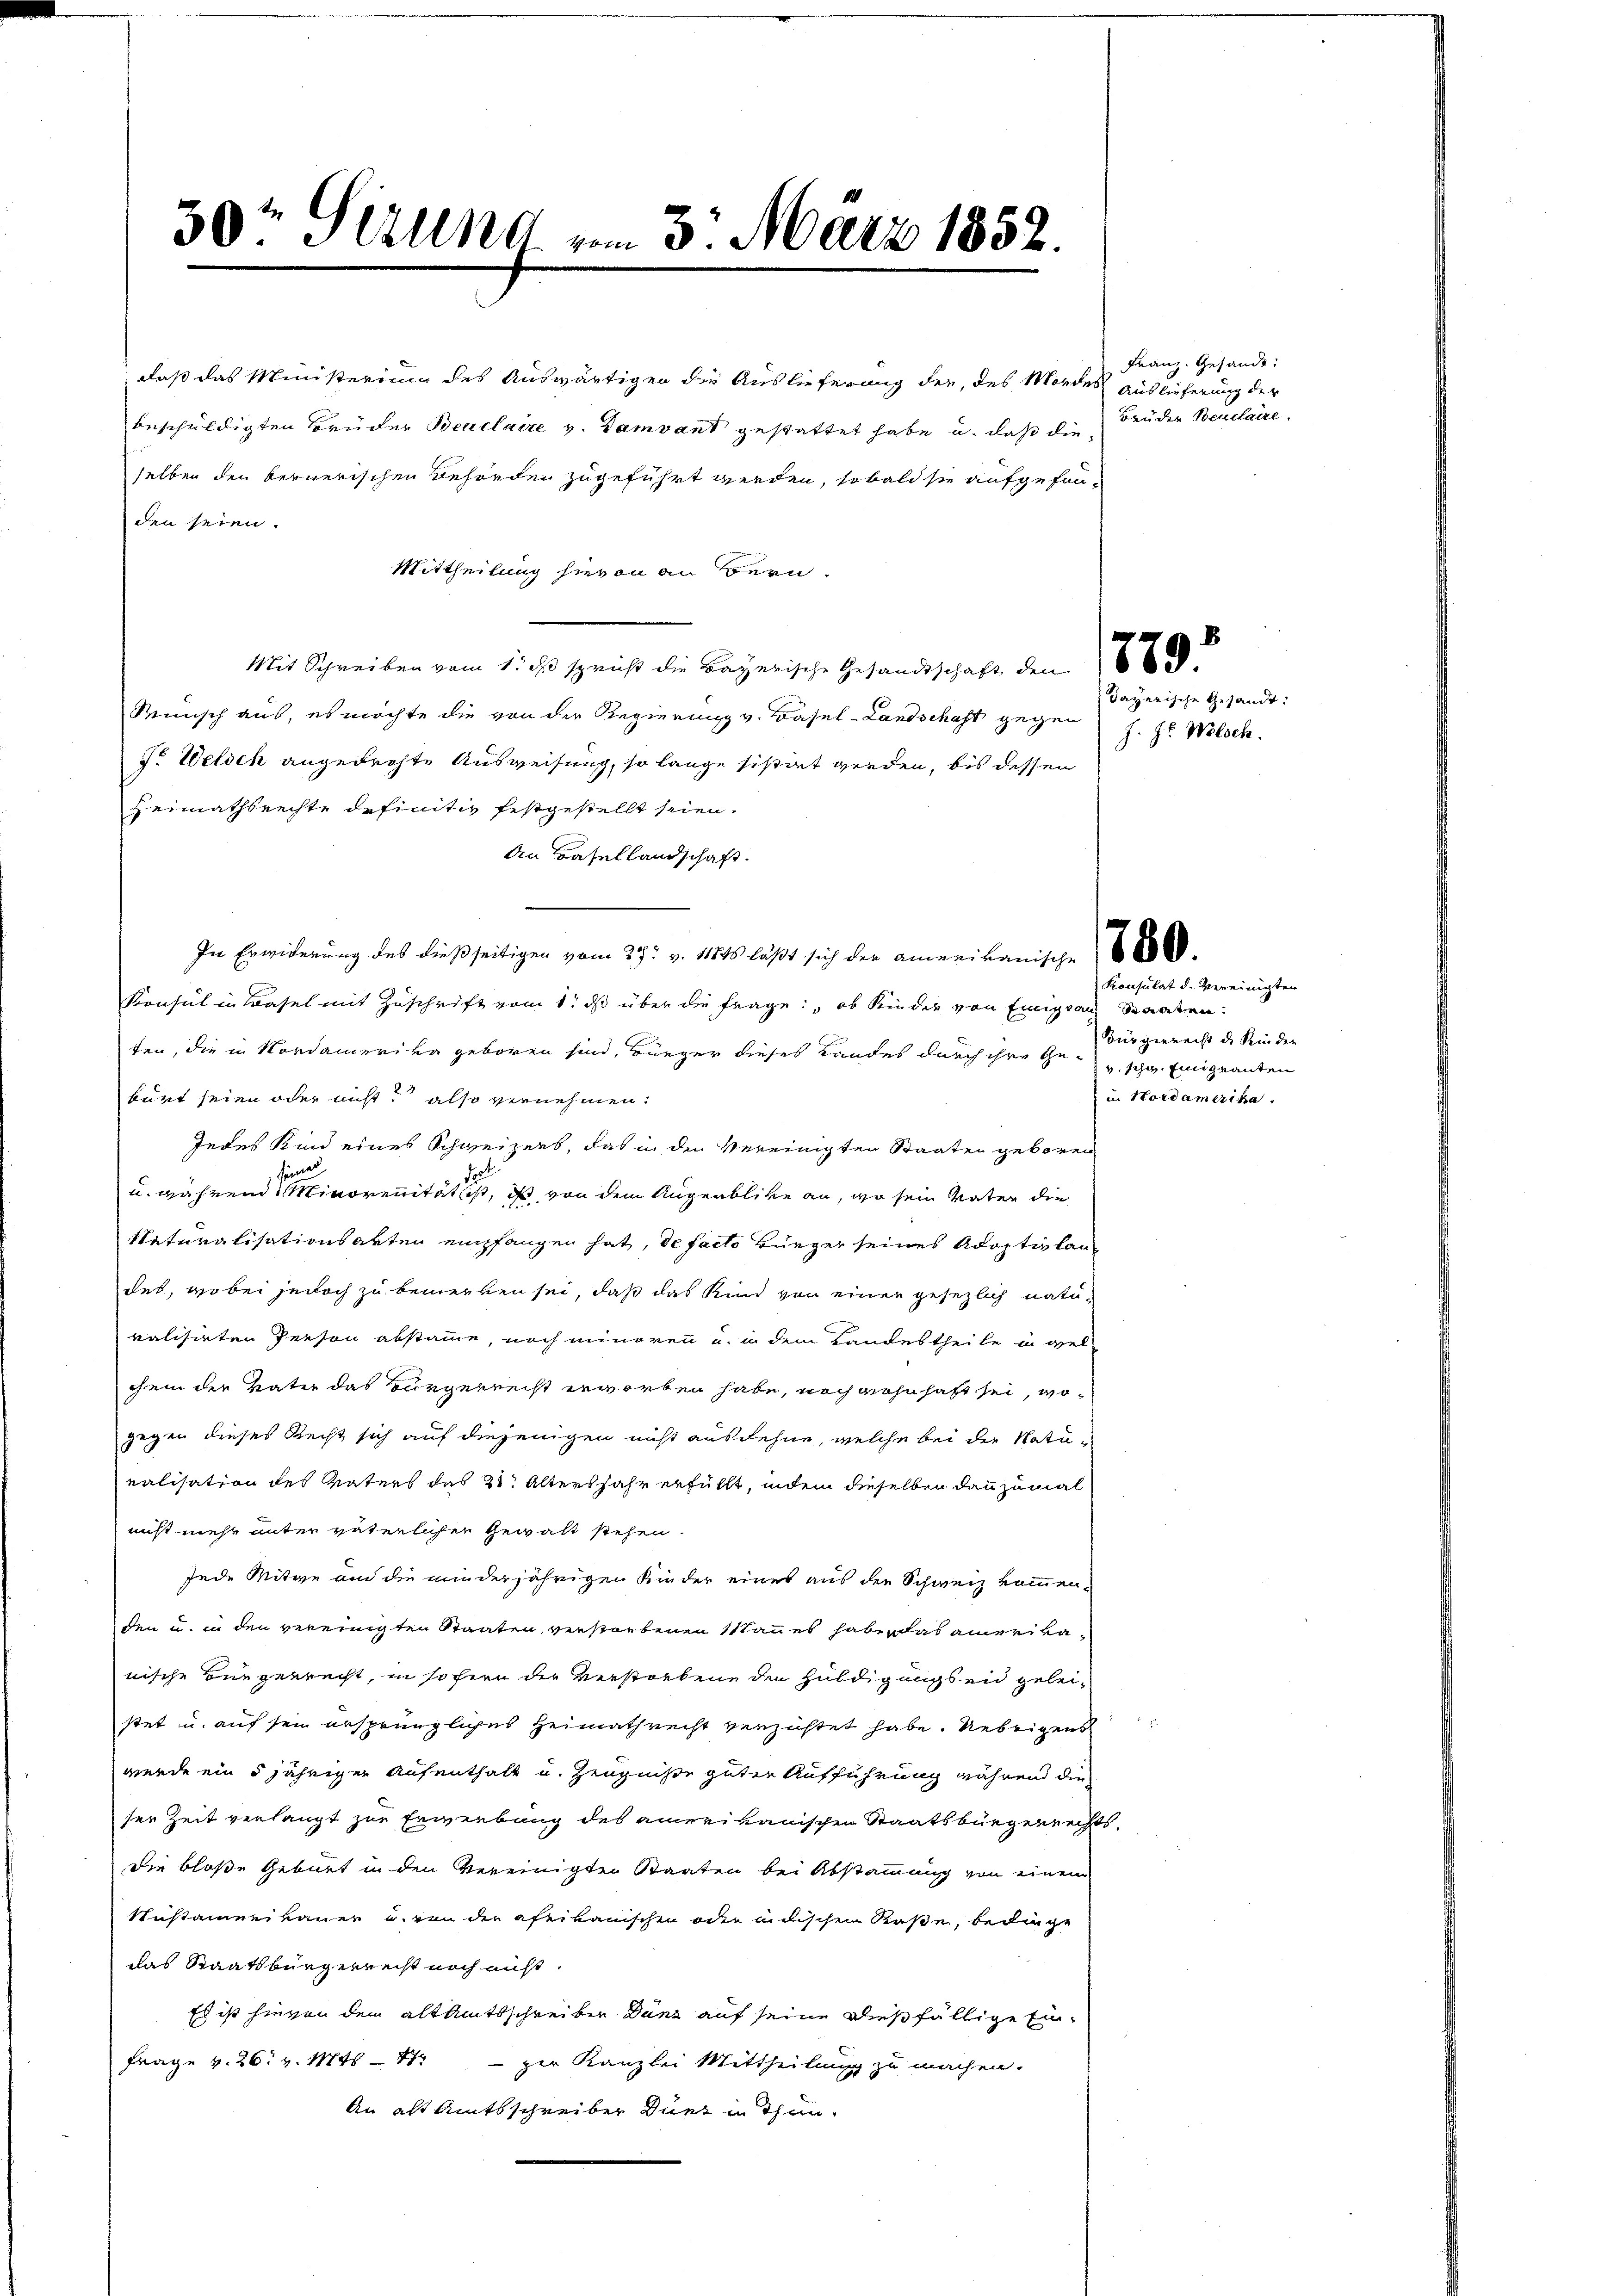
30t Serung vom 3. März 1858

daß das Ministerium des Auswärtigen die Auslieferung der, des Mordes Auslieferung der
beschuldigten Brüder Beuclaire v. Bamvant gestattet habe u. daß dieselben den bernerischen Behörden zugeführt werden, sobald sie aufgefanden seien.
Mittheilung hievon an Bern.
Mit Schreiben vom 1. ds spricht die Bayerische Gesandtschaft den 16
Runsch aus, es möchte die von der Regierung v. Basel-Landschaft gegen
J. Welsch angedrohte Ausweisung, so lange sistat werden, bis dessen
Heimathsrechte definitiv festgestellt seien.
An Basellandschaft.
In Erwiderung des dießseitigen vom 27. v. 11845 läßt sich der amerikanische 68000.
Konsul in Basel mit Zuschrift vom 1. ds über die Frage: ob Kinder von Einigen Staaten.
ten, die in Nordamerika geboren sind, Bürger dieses Landes durch ihre Gesche Einquanten
bürt seien oder nicht also vernehmen.
Jedes Kind eines Schweizers, das in den Vereinigten Staaten geboren
seine
u. während Minorenität ist, ist von dem Augenblicke an, wo sein Vater die
Naturalisationsarten empfangen hat, de facto Bürger seines Adoptivlandes, wobei jedoch zu bemerken sei, daß das Kind von einer gesezlich naturalisirten Person abstamme, noch minoren u. in dem Landestheile in welchem der Vater das Bürgerrecht erworben habe, noch wohnhaft sei, wogegen dieses Recht sich auf diejenigen nicht ausdehne, welche bei der Natuealisation des Vaters das 21. Altersjahr erfüllt, indem dieselben dann zumal
nicht mehr unter väterlichen Gewalt stehen.
Jede Mitwe auf die minderjährigen Kinder eines aus der Schweiz kommen.
den u. in den vereinigten Staaten, verstorbenen Mannes haben das amerika
nische Bürgerrecht, in sofern der verstorbene den Huldigungen geleistet u. auf sein ursprüngliches Heimathrecht verzichtet habe. Uebrigens
werde ein 5 jähriger Aufenthalt u. Zeugniße guter Aufführung während die
ser Zeit verlangt zur Erwerbung des amerikanischen Staatsbürgerrechts-
die bloße Geburt in den vereinigten Staaten bei Abstammung von einem
Sustamenkauer u. von der afrikanischen oder indischen Kaße, bedinge
das Staatsbürgerrecht noch nicht.
Es ist hievon den alt Amtsschreiben dann auf seine dießfällige Ein¬
Frage v. 26. v. Mts. per Kanzlei Mittheilung zu machen.
An alt Amtsschreiber Dunz in Thun¬

Franz. Gesandt:
Bruder Beuclaire.

dayerische Gesandt.
J. Hr. Welsch.

Konsulat d. Vereinigten
Bürgerrecht des Kinden
in Nordamerika.